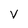
Character: V